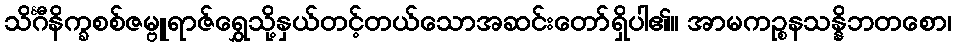
သိင်္ဂီနိက္ခစစ်ဇမ္ဗူရာဇ်ရွှေသို့နှယ်တင့်တယ်သောအဆင်းတော်ရှိပါ၏။ အာမကဉ္စနသန္နိဘတစော၊